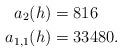
LaTeX: \begin{align*} a_2(h)&=816\\ a_{1,1}(h)&=33480.\end{align*}